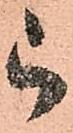
被